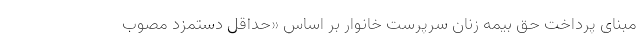
مبنای پرداخت حق بیمه زنان سرپرست خانوار بر اساس «حداقل دستمزد مصوب